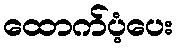
ထောက်ပံ့ပေး